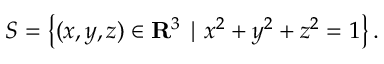
S = \left\{ ( x , y , z ) \in \mathbf { R } ^ { 3 } \mid x ^ { 2 } + y ^ { 2 } + z ^ { 2 } = 1 \right\} .